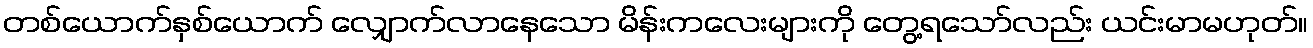
တစ်ယောက်နှစ်ယောက် လျှောက်လာနေသော မိန်းကလေးများကို တွေ့ရသော်လည်း ယင်းမာမဟုတ်။